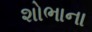
શોભાના